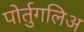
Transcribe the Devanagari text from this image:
पोर्तुगलिअ